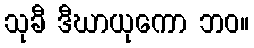
သုခီ ဒီဃာယုကော ဘဝ။